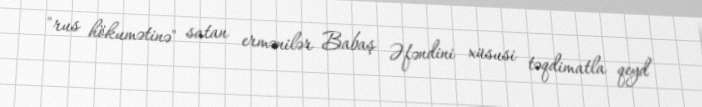
"rus hökumətinə" satan ermənilər Babaş Əfəndini xüsusi təqdimatla qeyd